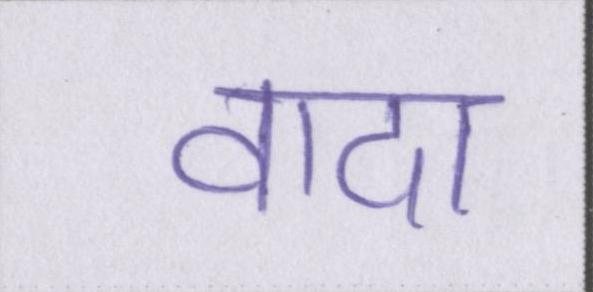
वादा